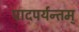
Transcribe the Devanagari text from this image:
पादपर्यन्तम्‌